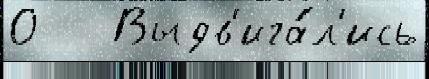
О   Выдв'ига́л'ись